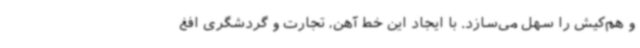
و هم‌کیش را سهل می‌سازد. با ایجاد این خط آهن، تجارت و گردشگری افغ